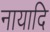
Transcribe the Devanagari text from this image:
नायादि